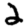
Digit: 2